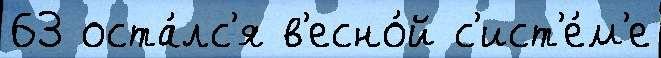
63 оста́лс'я в'есно́й с'ист'е́м'е